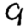
Digit: 9